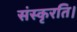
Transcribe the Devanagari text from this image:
संस्कृरति।